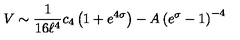
V \sim { \frac { 1 } { 1 6 \ell ^ { 4 } } } c _ { 4 } \left( 1 + e ^ { 4 \sigma } \right) - A \left( e ^ { \sigma } - 1 \right) ^ { - 4 }